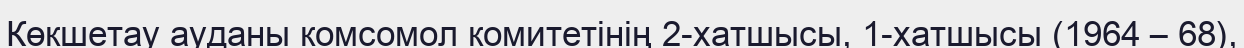
Көкшетау ауданы комсомол комитетінің 2-хатшысы, 1-хатшысы (1964 – 68),